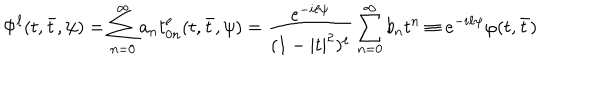
\Phi ^ { \ell } ( t , \bar { t } , \psi ) = \sum _ { n = 0 } ^ { \infty } a _ { n } t _ { 0 n } ^ { \ell } ( t , \bar { t } , \psi ) = \frac { e ^ { - i \ell \psi } } { ( 1 - | t | ^ { 2 } ) ^ { \ell } } \sum _ { n = 0 } ^ { \infty } b _ { n } t ^ { n } \equiv e ^ { - i \ell \psi } \varphi ( t , \bar { t } ) \,